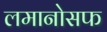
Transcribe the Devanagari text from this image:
लमानोसफ